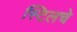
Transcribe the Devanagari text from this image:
स्टिलचे